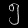
Digit: ၅